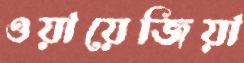
ওয়ায়েজিয়া